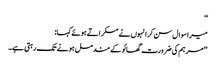
‘‘
میرا سوال سن کر انہوں نے مسکراتے ہوئے کہا:
’’مرہم کی ضرورت گھائو کے مندمل ہونے تک رہتی ہے۔